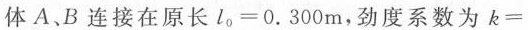
体A、B连接在原长$$l _ { 0 } = 0 . 3 0 0 m$$，劲度系数为$$k =